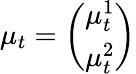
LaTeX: \mu_{t}={\left(\begin{array}{l}{\mu_{t}^{1}}\\ {\mu_{t}^{2}}\end{array}\right)}